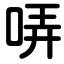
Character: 哢